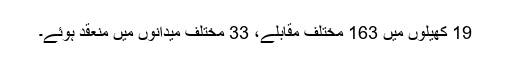
19 کھیلوں میں 163 مختلف مقابلے، 33 مختلف میدانوں میں منعقد ہوئے۔